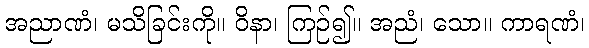
အညာဏံ၊ မသိခြင်းကို။ ဝိနာ၊ ကြဉ်၍။ အညံ၊ သော။ ကာရဏံ၊